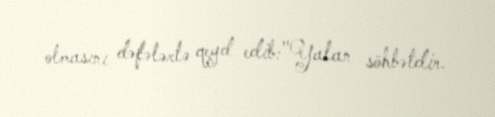
olmasını dəfələrlə qeyd edib:"Yalan söhbətdir.